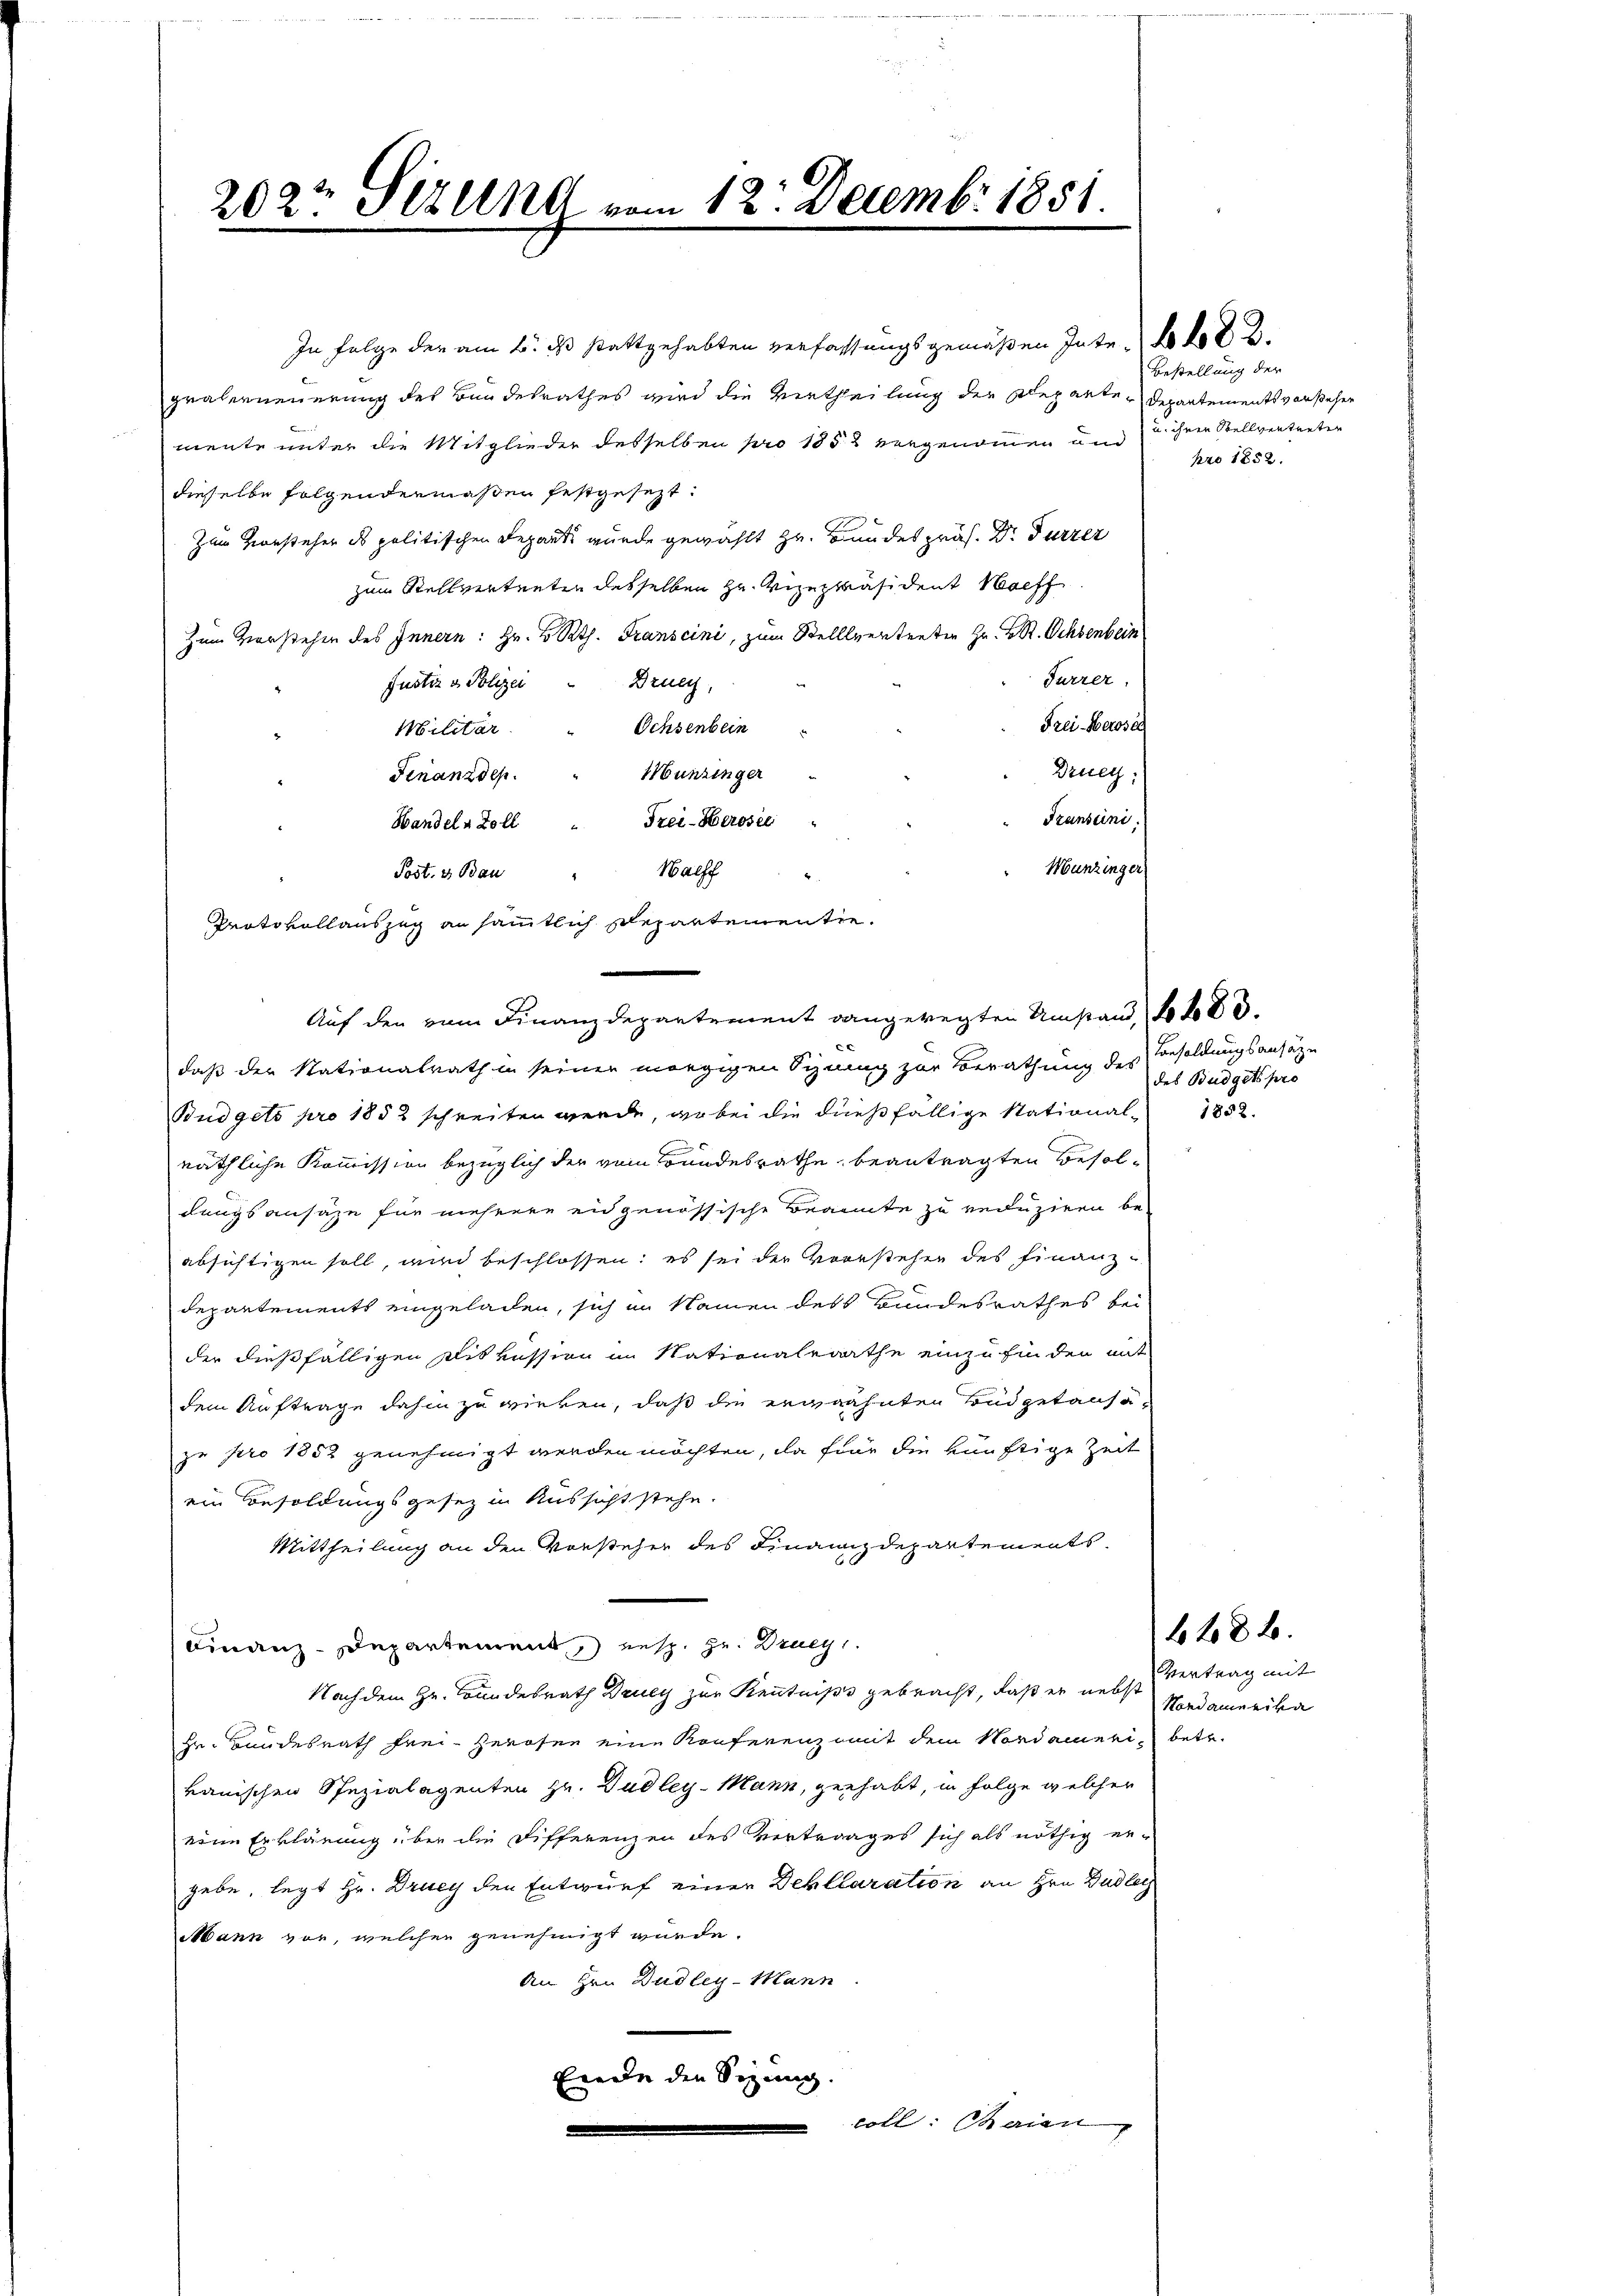
2027 Sizung vom 12. Decembr 1851

In Folge der am 1. ds stattgehabten verfassungsgemäßen Inte
gräberneuerung des Bundesrathes wird die Vertheilung der Departe Departements vorstehen
mente unter die Mitglieder desselben pro 1852 vorgenommen und u. ihrer Stellvertreter
dieselbe folgendermaßen festgesezt:
Zum Vorsteher des politischen Departi wurde gewählt Hr. Bundespräs. Dr. Fürzer
zum Stellvertreten desselben zu Vizepräsident Nachf
Zum Vorstehen des Innern: Hr. v. Rath. Transcini, zum Stelllvertreten Hr. Pr. Ochsenbein
Furrer,
Drue,
Justiz & Polizei
Frei-Marosa
Schsenbein
Militar
Druey:
Munzinger
Finanzdep
Transeini
Frei-Herosel
Handeln Zoll
Nunzinger
Halff "
Post. & Bau
Protokollauszug an sämmtlich separtementiec
daß der Nationalrath in seiner morgigen Synung zur Berathung des
Budgets pro 1852 schreiten werde, wobei die dießfällige National-
näthliche Kommission bezüglich der vom Bundesrathe beantragten Besoldungsansähe für mehrere eidgenössische Beamte zu reduziren beabsichtigen soll, wird beschlossen; es sei der Vorstehen des Finanz-
Departements eingeladen, sich im Namen des Bundesrathes bei
der dießfälligen Diskussion im Nationalrathe einzufinden mit
dem Auftrage dahin zu wirken, daß die erwähnten Budgetansazu pro 1852 genehmigt werden möchten, da für die künftige Zeit
ein Besoldungsgesez in Aussicht stehe.
Mittheilung an den Vorsteher des Finanzdepartements
Finanz-Departement, resp. zu. Drueg
Nach dem Hr. Bundesrath Druey zur Kenntniß gebracht, daß er nebst Vertrag mit
Hr. Bundesrath frei-Zerosen eine Konferenz mit dem Nordamerin betr.
kanischen Spezialagenten Hr. Dudley-Mann, gehabt, in Folge welcher
eine Erklärung über die Differenzen des Vertrages sich als nöthig er-
gebe, legt Hr. Druey den Entwurf einer Dehllaration an Hrn. Dadle
Mann vor, welchern genehmigt wurde.
An Hrn. Dudley-Mann
Frede den Sizung.
coll: Charian

Auf den vom Finanzdepartement dangeregten Umstand, fo 683.

Bestellung der
pro 1852.

Besoldungsansätze
des Budget pro
1852.

6f 8 x

Hondamerika